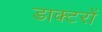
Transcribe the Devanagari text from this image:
डाक्‍टरों